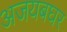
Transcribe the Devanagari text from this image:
अजयबघर